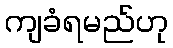
ကျခံရမည်ဟု